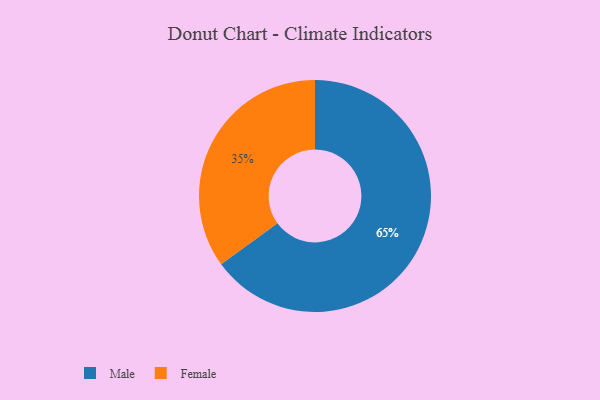
{"axis": {"x": "Category", "y": "Percentage"}, "legend": ["Female", "Male"], "data": [{"x": "Female", "y": 35, "type": "Female"}, {"x": "Male", "y": 65, "type": "Male"}]}